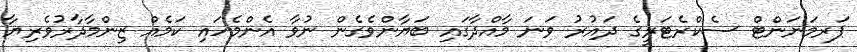
ޕަރމަނަންޓް ސެކްރެޓަރީގެ ދައުރު ވަނަ މާއްދާގައި ބަޔާންވެގެން ނުވާ އެންމެހައި ކަމެއް ޒިންމާދާރުވެރިޔާ